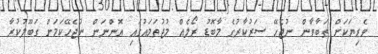
ވެރިޔަކަށް ތަބާވާން ނުޖެހޭ ސަރުކާރުގެ މާބޮޑު ރޯލެއް މުޖުތަމައުގައި އޮންނަން ނުޖެހޭކަމަށް ގަބޫލުކުރާ